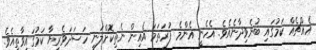
އެއްޗެއް ކަމުގައި ބުނެވިދާނެއެވެ. އެހެނީ އެންމެ ފުރަތަމަ އެއިން ނެތިކޮށްލަނީ ހަސަދަވެރިޔާ ކަމުގައިވާތީއެވެ.